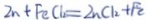
Z n + F e C l _ { 2 } = Z n C l _ { 2 } + F e